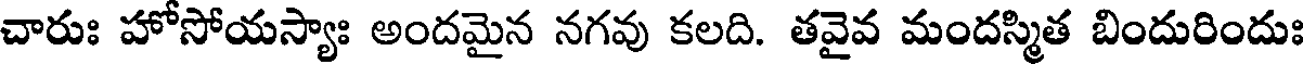
చారుః హోసోయస్యాః అందమైన నగవు కలది. తవైవ మందస్మిత బిందురిందుః